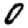
Digit: 0